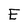
Character: E